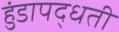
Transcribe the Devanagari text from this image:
हुंडापद्धती